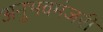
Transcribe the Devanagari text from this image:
अनुभवमंजरी